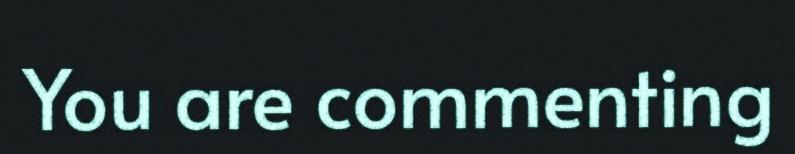
You are commenting